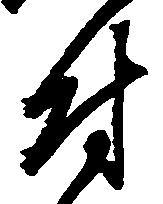
付